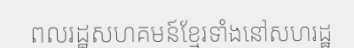
ពលរដ្ឋសហគមន៍ខ្មែរទាំងនៅសហរដ្ឋ